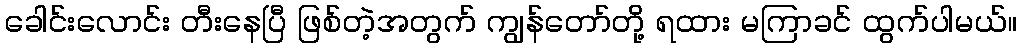
ခေါင်းလောင်း တီးနေပြီ ဖြစ်တဲ့အတွက် ကျွန်တော်တို့ ရထား မကြာခင် ထွက်ပါမယ်။